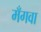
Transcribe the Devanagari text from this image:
मँगवा